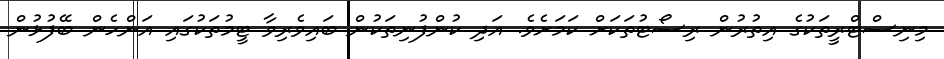
މިނިސްޓްރީތަކުގެ އިތުރުން ރިސޯޓުތަކަށް ކަމަށެވެ. އަދި ކުންފުނިތަކުން ބައިވެރިވާ ޓީމުތަކުގައި އަންހެން ބޭފުޅުން